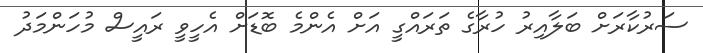
ސަރުކާރަށް ބަލާއިރު ހުރާގެ ތަރައްގީ އަށް އެންމެ ބޮޑަށް އެހީވީ ރައީސް މުހަންމަދު